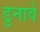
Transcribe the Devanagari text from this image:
डुनावे